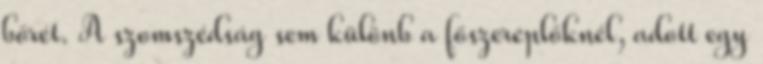
bőrét. A szomszédság sem különb a főszereplőknél, adott egy